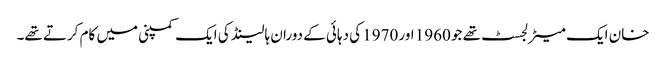
خان ایک میٹرلجسٹ تھے جو 1960 اور 1970 کی دہائی کے دوران ہالینڈ کی ایک کمپنی میں کام کرتے تھے۔